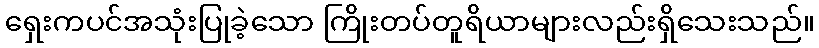
ရှေးကပင်အသုံးပြုခဲ့သော ကြိုးတပ်တူရိယာများလည်းရှိသေးသည်။